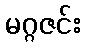
မဂ္ဂဇင်း